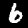
Label: 6